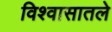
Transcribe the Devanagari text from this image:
विश्वासातले